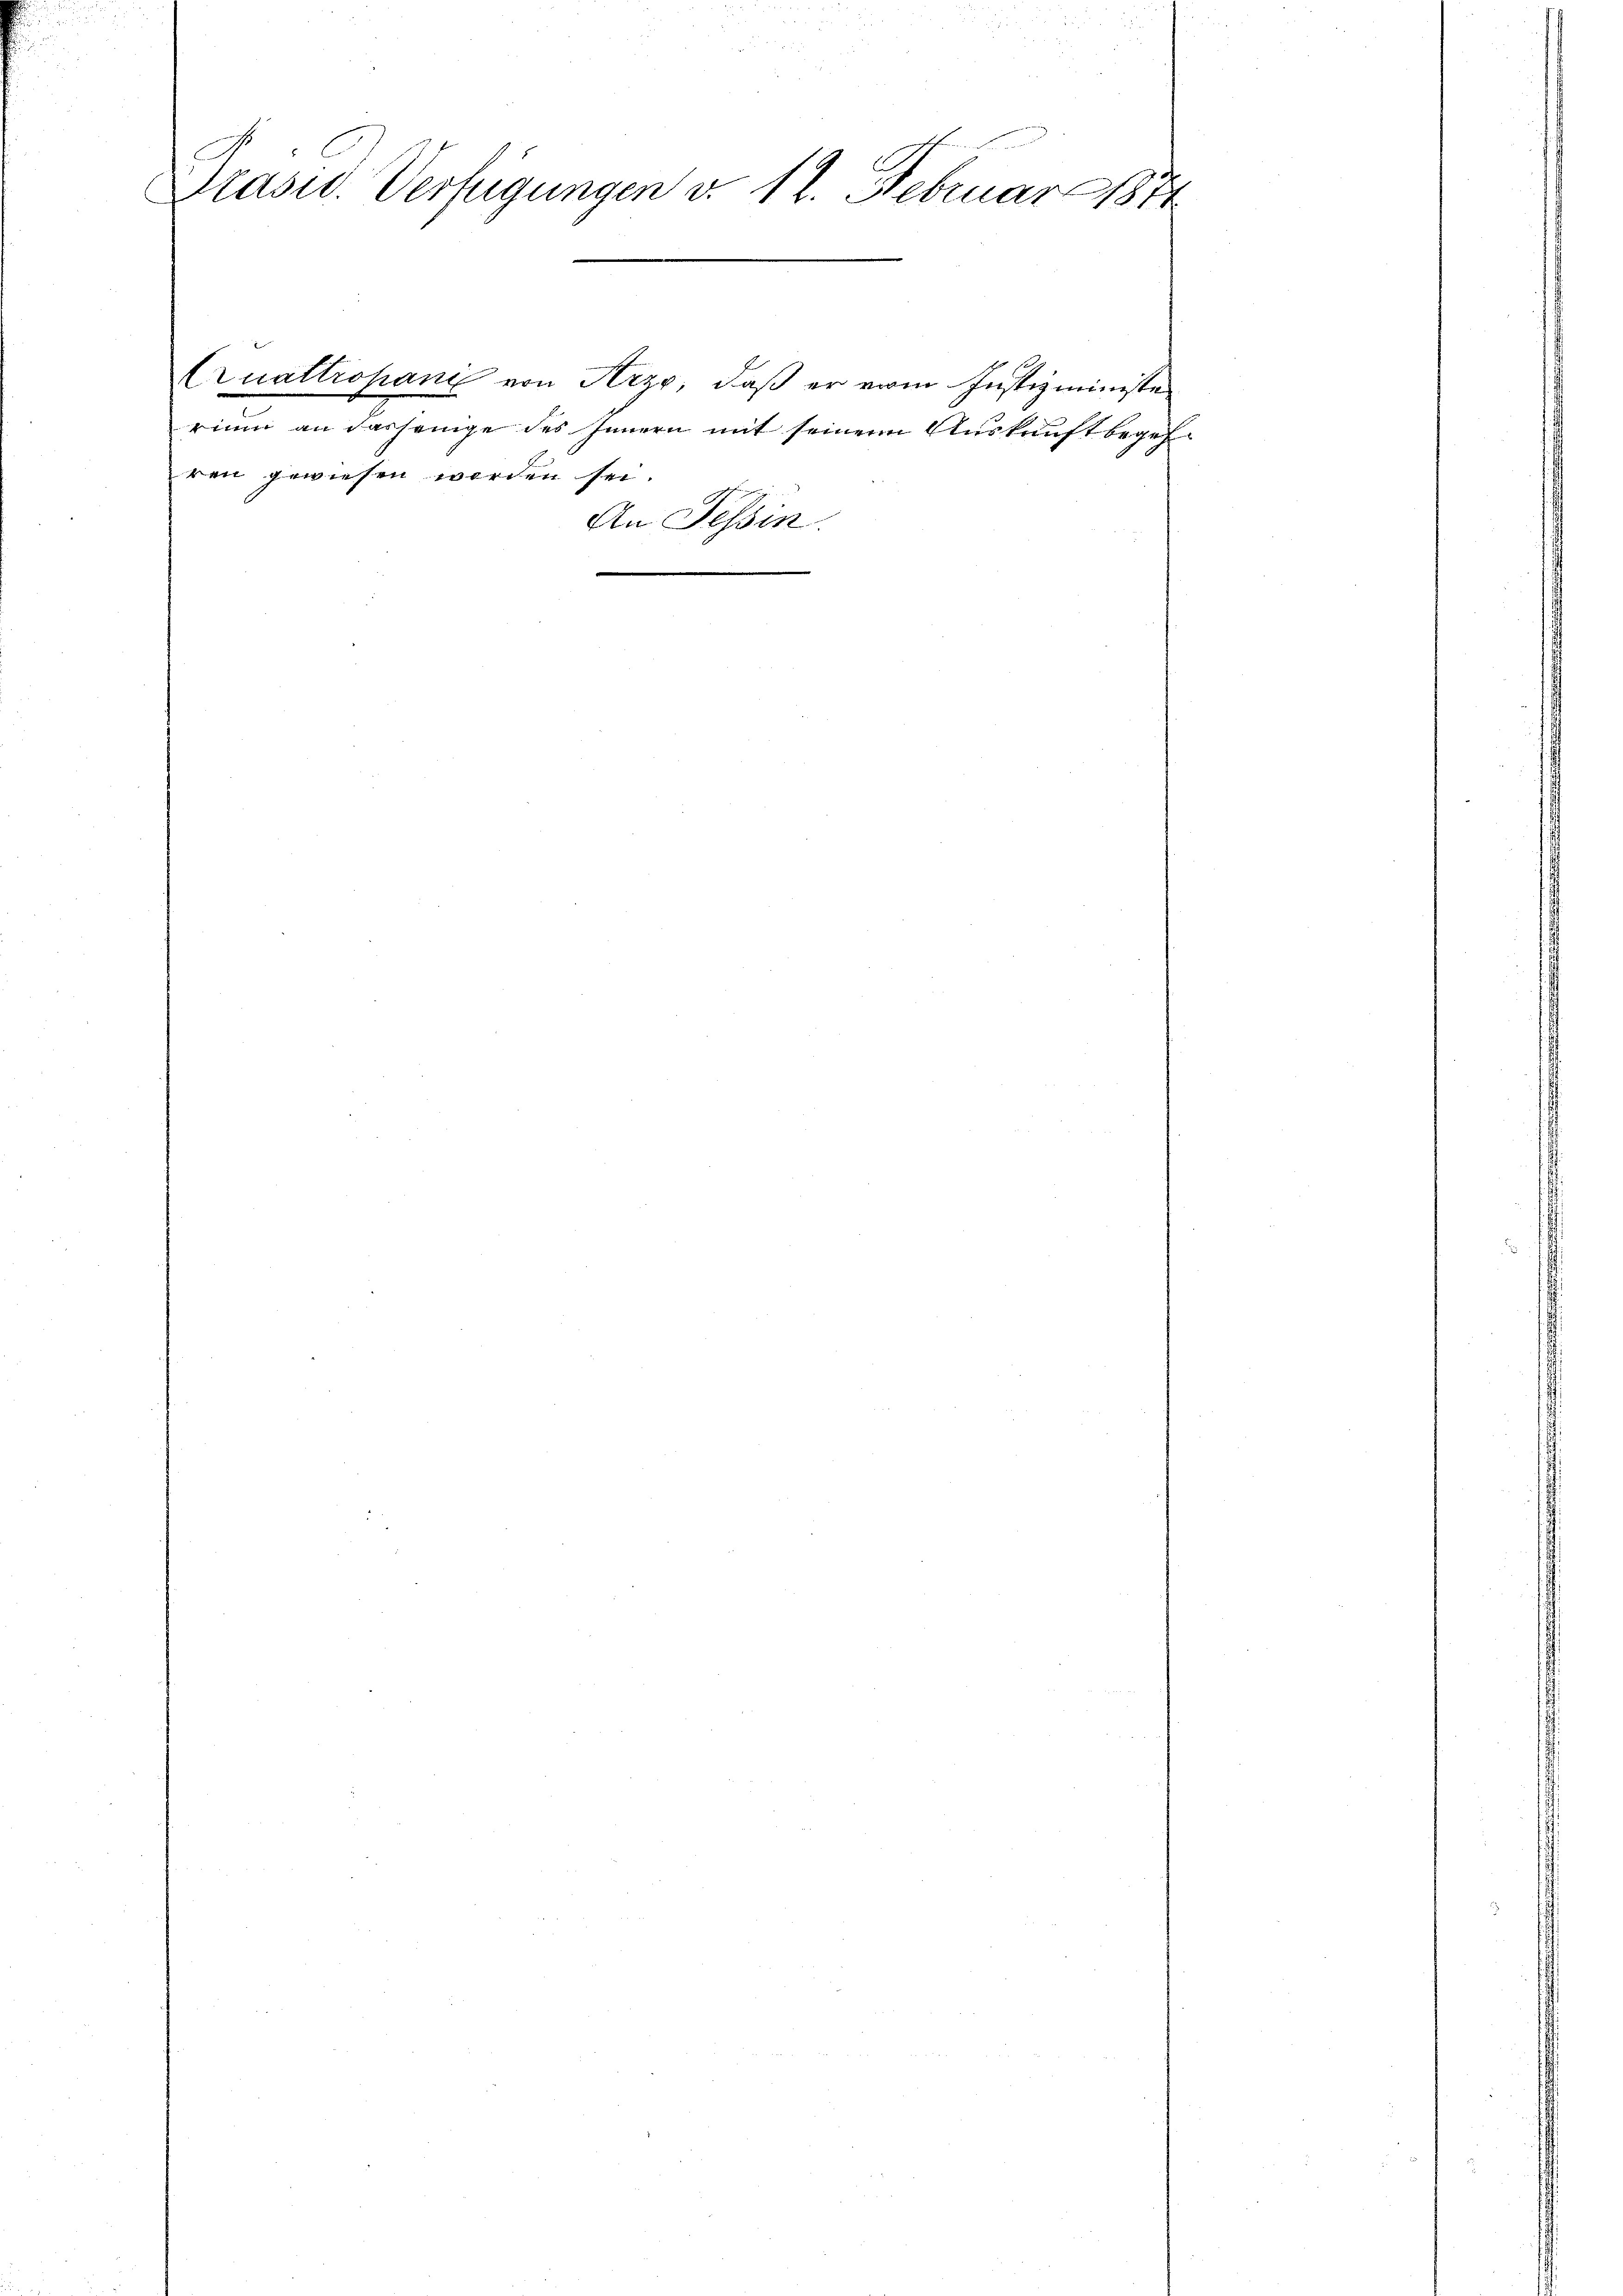
r
Präsid. Verfügungen d. 12. Februar 1874

ren gewiesen worden sei.

rium an dasjenige des Innern mit seinem Auskunft begeh¬
An Tessin.

Quattropanie von Arze, daß er vom Justizministe